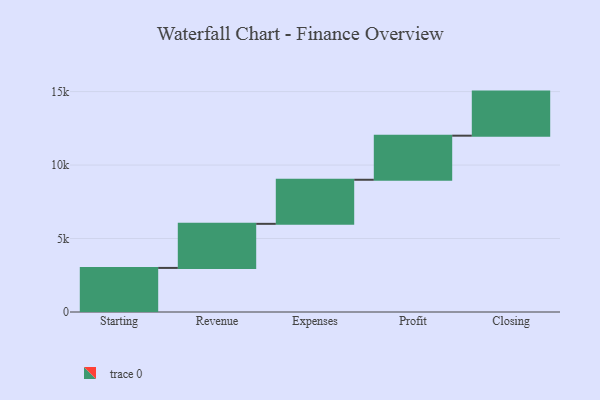
{"axis": {"x": "Step", "y": "Value"}, "legend": [""], "data": [{"x": "Starting", "y": 3000, "type": ""}, {"x": "Revenue", "y": 3000, "type": ""}, {"x": "Expenses", "y": 3000, "type": ""}, {"x": "Profit", "y": 3000, "type": ""}, {"x": "Closing", "y": 3000, "type": ""}]}